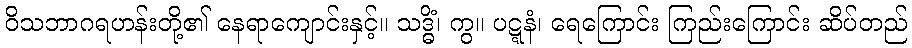
ဝိသဘာဂရဟန်းတို့၏ နေရာကျောင်းနှင့်။ သဒ္ဓိံ၊ ကွ။ ပဋ္ဋနံ၊ ရေကြောင်း ကြည်းကြောင်း ဆိပ်တည်